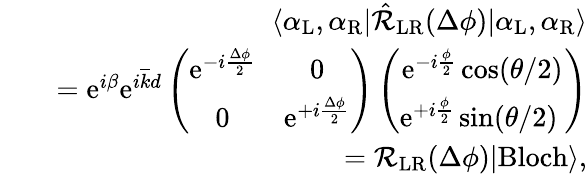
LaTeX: \begin{array}{rlr}&{}&{\langle\alpha_{\mathrm{L}},\alpha_{\mathrm{R}}|\hat{\mathcal{R}}_{\mathrm{LR}}(\Delta\phi)|\alpha_{\mathrm{L}},\alpha_{\mathrm{R}}\rangle}\\ &{}&{=\mathrm{e}^{i\beta}\mathrm{e}^{i\overline{{k}}d}\left(\begin{array}{cc}{\mathrm{e}^{-i\frac{\Delta\phi}{2}}}&{0}\\ {0}&{\mathrm{e}^{+i\frac{\Delta\phi}{2}}}\end{array}\right)\left(\begin{array}{c}{\mathrm{e}^{-i\frac{\phi}{2}}\cos(\theta/2)}\\ {\mathrm{e}^{+i\frac{\phi}{2}}\sin(\theta/2)\ }\end{array}\right)}\\ &{}&{=\mathcal{R}_{\mathrm{LR}}(\Delta\phi)|\mathrm{Bloch}\rangle,}\end{array}